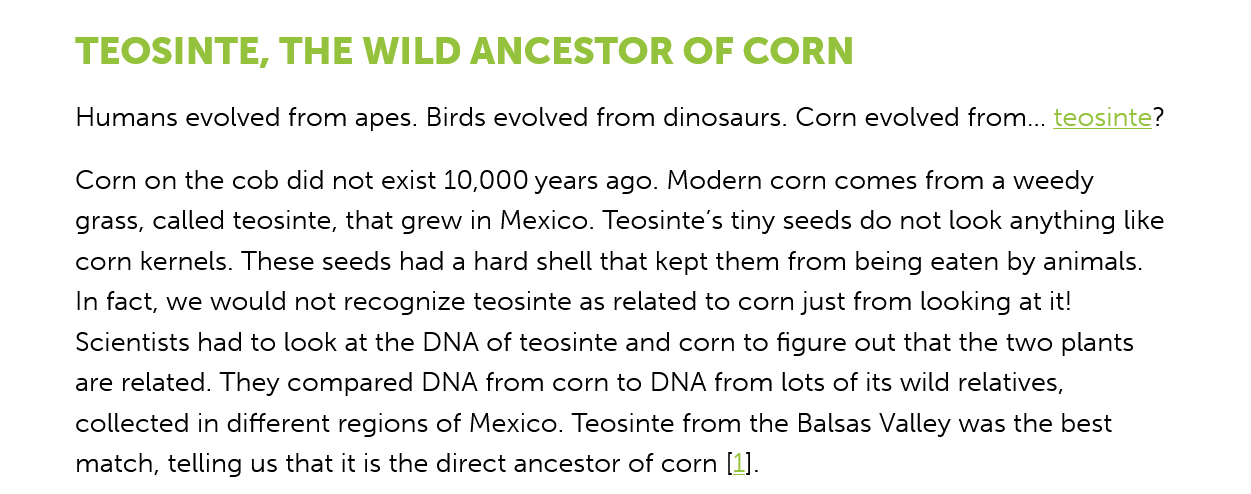
TEOSINTE,    THE   WILD   ANCESTOR    OF  CORN
     Humans evolved from apes. Birds evolved from dinosaurs. Corn evolved from... teosinte?
     Corn on the cob did not exist 10,000 years ago. Modern corn comes from a weedy
     grass, called teosinte, that grew in Mexico. Teosinte’s tiny seeds do not look anything like
     corn kernels. These seeds had a hard shell that kept them from being eaten by animals.
     In fact, we would not recognize teosinte as related to corn just from looking at it!
     Scientists had to look at the DNA of teosinte and corn to figure out that the two plants
     are related. They compared DNA from corn to DNA from lots of its wild relatives,
     collected in different regions of Mexico. Teosinte from the Balsas Valley was the best
     match, telling us that it is the direct ancestor of corn [1].